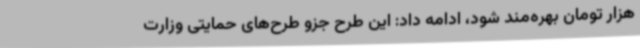
هزار تومان بهره‌مند شود، ادامه داد: این طرح جزو طرح‌های حمایتی وزارت